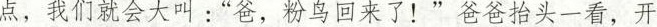
点，我们就会大叫:"爸，粉鸟回来了!”爸爸抬头一看，开